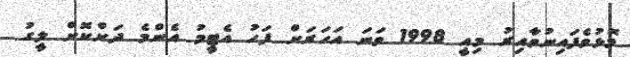
މޮޅުވެފައިނުވާއިރު މިއީ 1998 ވަނަ އަހަރަށް ފަހު އެޓީމު އެންމެ ދަށްކޮށް ލީގު